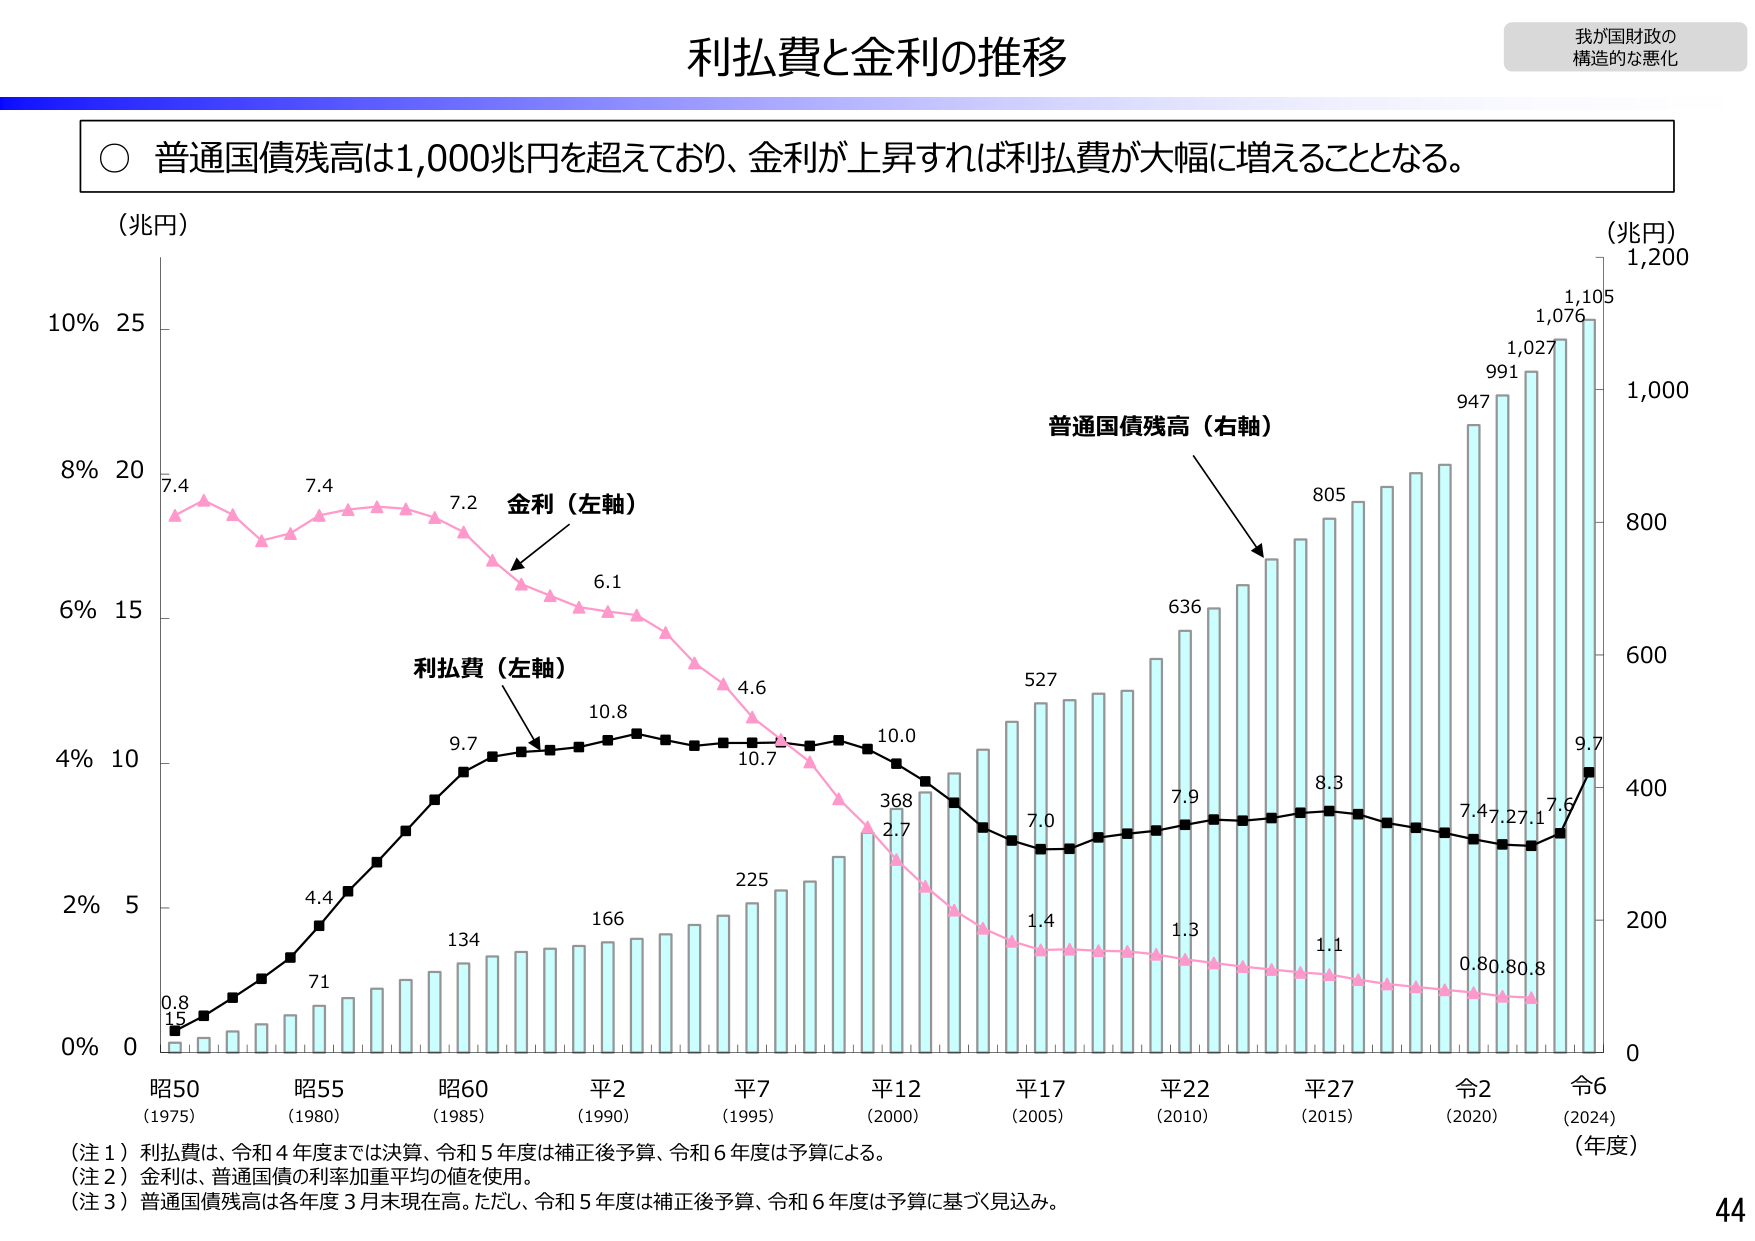
利払費と金利の推移

我が国財政の
構造的な悪化

○ 普通国債残高は1,000兆円を超えており、金利が上昇すれば利払費が大幅に増えることとなる。

（兆円）
10% 25
8% 20
6% 15
4% 10
2% 5
0% 0

7.4
7.4
7.2
6.1
4.6
10.7
2.7
1.4
1.3
1.1
0.80
0.80
金利（左軸）

0.8
1.5
4.4
71
9.7
134
10.8
166
225
368
527
7.0
7.9
8.3
7.4
7.27
7.1
7.6
9.7
利払費（左軸）

普通国債残高（右軸）
636
805
947
991
1,027
1,076
1,105

（兆円）
1,200
1,000
800
600
400
200
0

昭50
（1975）
昭55
（1980）
昭60
（1985）
平2
（1990）
平7
（1995）
平12
（2000）
平17
（2005）
平22
（2010）
平27
（2015）
令2
（2020）
令6
（2024）
（年度）

（注１）利払費は、令和４年度までは決算、令和５年度は補正後予算、令和６年度は予算による。
（注２）金利は、普通国債の利率加重平均の値を使用。
（注３）普通国債残高は各年度３月末現在高。ただし、令和５年度は補正後予算、令和６年度は予算に基づく見込み。

44